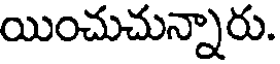
యించుచున్నారు.